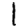
Digit: 1